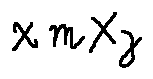
x m x _ { z }